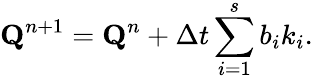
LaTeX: \mathbf{Q}^{n+1}=\mathbf{Q}^{n}+{\Delta t}\sum_{i=1}^{s}b_{i}k_{i}.